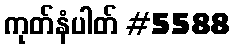
ကုတ်နံပါတ် #5588